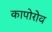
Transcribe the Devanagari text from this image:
कापोरोव